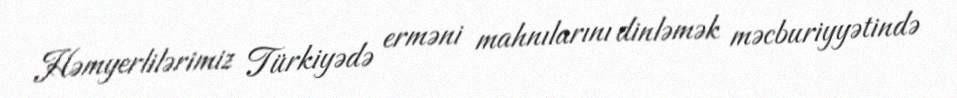
Həmyerlilərimiz Türkiyədə erməni mahnılarını dinləmək məcburiyyətində